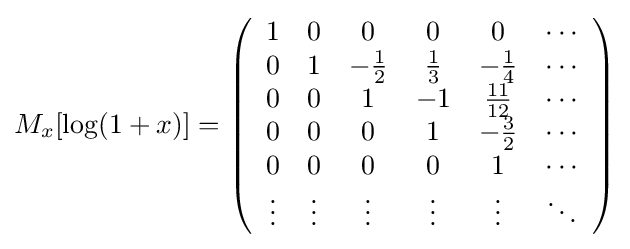
M_{x}[\log(1+x)]=\left({\begin{array}{cccccc}1&0&0&0&0&\cdots \\0&1&-{\frac {1}{2}}&{\frac {1}{3}}&-{\frac {1}{4}}&\cdots \\0&0&1&-1&{\frac {11}{12}}&\cdots \\0&0&0&1&-{\frac {3}{2}}&\cdots \\0&0&0&0&1&\cdots \\\vdots &\vdots &\vdots &\vdots &\vdots &\ddots \end{array}}\right)